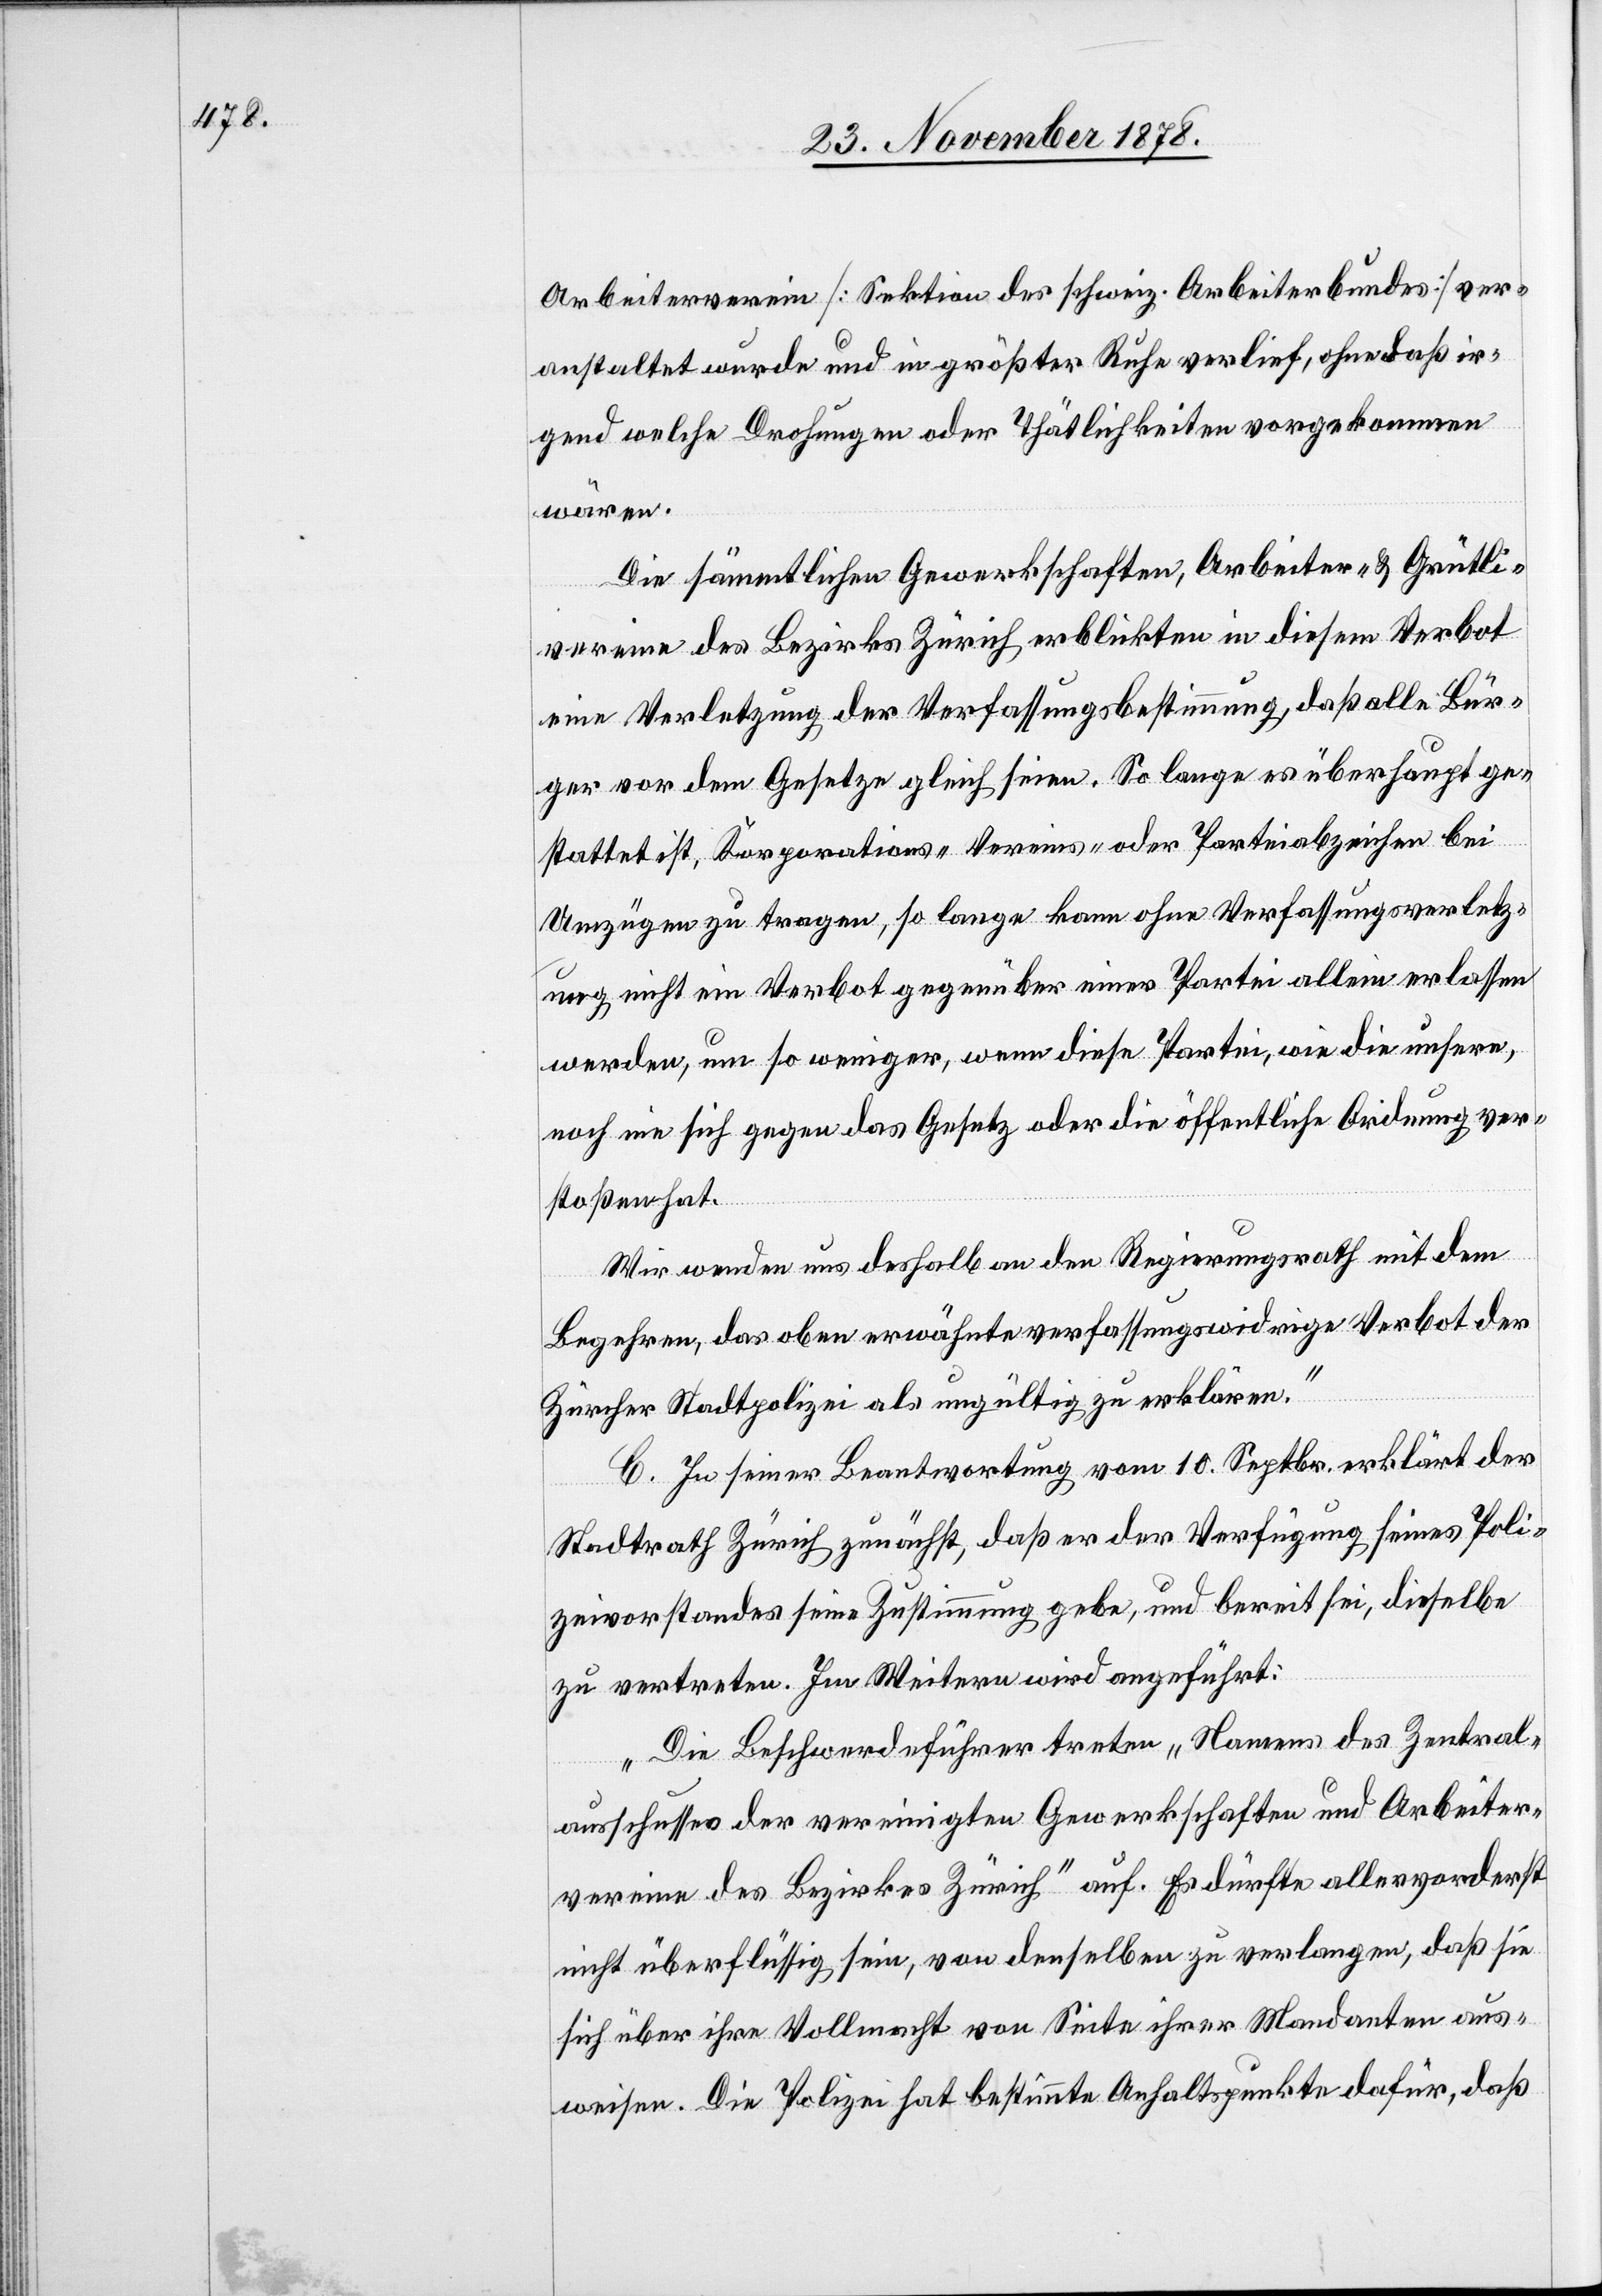
Arbeiterverein [Sektion des schweiz. Arbeiterbundes] ver¬
anstaltet wurde und in größter Ruhe verlief, ohne daß ir¬
gend welche Drohungen oder Thätlichkeiten vorgekommen
wären.
Die sämmtlichen Gewerkschaften, Arbeiter- & Grütli¬
vereine des Bezirkes Zürich erblickten in diesem Verbot
eine Verletzung der Verfassungsbestimmung, daß alle Bür¬
ger vor dem Gesetze gleich seien. So lange es überhaupt ge¬
stattet ist, Korporations-[,] Vereins- oder Parteiabzeichen bei
Umzügen zu tragen, so lange kann ohne Verfassungsverletz¬
ung nicht ein Verbot gegenüber einer Partei allein erlassen
werden, um so weniger, wenn diese Partei, wie die unsere,
noch nie sich gegen das Gesetz oder die öffentliche Ordnung ver¬
stoßen hat.
Wir wenden uns deshalb an den Regierungsrath mit dem
Begehren, das oben erwähnte verfassungswidrige Verbot der
Zürcher Stadtpolizei als ungültig zu erklären.“
C. In seiner Beantwortung vom 10. Septbr. erklärt der
Stadtrath Zürich zunächst, daß er der Verfügung seines Poli¬
zeivorstandes seine Zustimmung gebe, und bereit sei, dieselbe
zu vertreten. Im Weitern wird angeführt:
„Die Beschwerdeführer treten „Namens des Zentral¬
ausschusses der vereinigten Gewerkschaften und Arbeiter¬
verein des Bezirkes Zürich“ auf. Es dürfte allervorderst
nicht überflüssig sein, von denselben zu verlangen, daß sie
sich über ihre Vollmacht von Seite ihrer Mandaten aus¬
weisen. Die Polizei hat bestimmte Anhaltspunkte dafür, daß